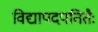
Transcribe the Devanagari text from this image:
विद्यापदपतितैः